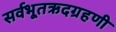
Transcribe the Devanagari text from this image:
सर्वभूतऋदग्रहणी